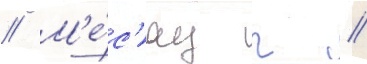
// М'е́с'яц г //